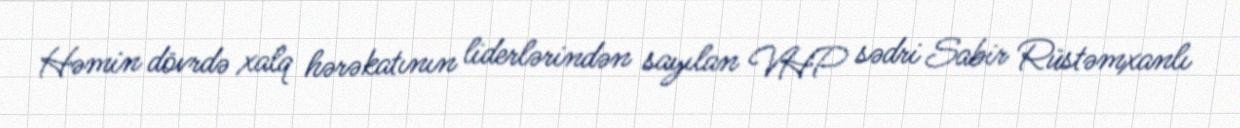
Həmin dövrdə xalq hərəkatının liderlərindən sayılan VHP sədri Sabir Rüstəmxanlı